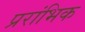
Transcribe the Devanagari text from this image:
प्ररांभिक